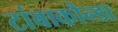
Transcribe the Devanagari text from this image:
टांबाकौन्डा